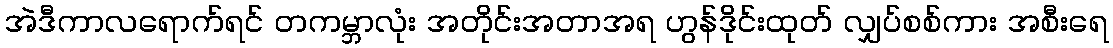
အဲဒီကာလရောက်ရင် တကမ္ဘာလုံး အတိုင်းအတာအရ ဟွန်ဒိုင်းထုတ် လျှပ်စစ်ကား အစီးရေ